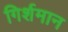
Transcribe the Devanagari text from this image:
गिर्शमान